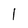
Character: 1